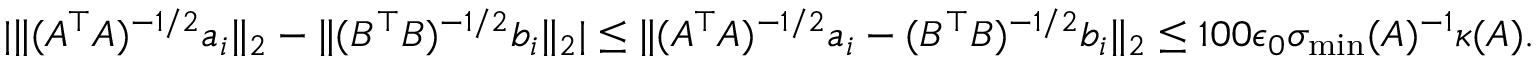
\begin{array} { r } { | \| ( A ^ { \top } A ) ^ { - 1 / 2 } a _ { i } \| _ { 2 } - \| ( B ^ { \top } B ) ^ { - 1 / 2 } b _ { i } \| _ { 2 } | \leq \| ( A ^ { \top } A ) ^ { - 1 / 2 } a _ { i } - ( B ^ { \top } B ) ^ { - 1 / 2 } b _ { i } \| _ { 2 } \leq 1 0 0 \epsilon _ { 0 } \sigma _ { \operatorname* { m i n } } ( A ) ^ { - 1 } \kappa ( A ) . } \end{array}